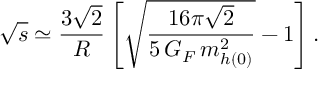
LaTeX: \sqrt { s } \simeq \frac { 3 \sqrt { 2 } } { R } \left[ \sqrt { \frac { 1 6 \pi \sqrt { 2 } } { 5 \, G _ { F } \, m _ { h ( 0 ) } ^ { 2 } } } - 1 \right] .